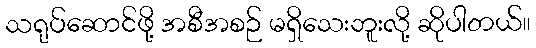
သရုပ်ဆောင်ဖို့ အစီအစဉ် မရှိသေးဘူးလို့ ဆိုပါတယ်။